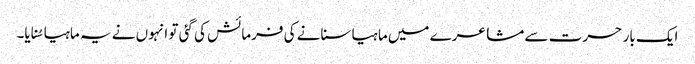
ایک بار حسرت سے مشاعرے میں ماہیا سنانے کی فرمائش کی گئی تو انہوں نے یہ ماہیا سُنایا۔